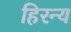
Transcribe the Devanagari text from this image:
हिरन्य